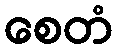
စေတံ